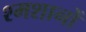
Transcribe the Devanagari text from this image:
श्मशानों